Leaving Certificate, 1899
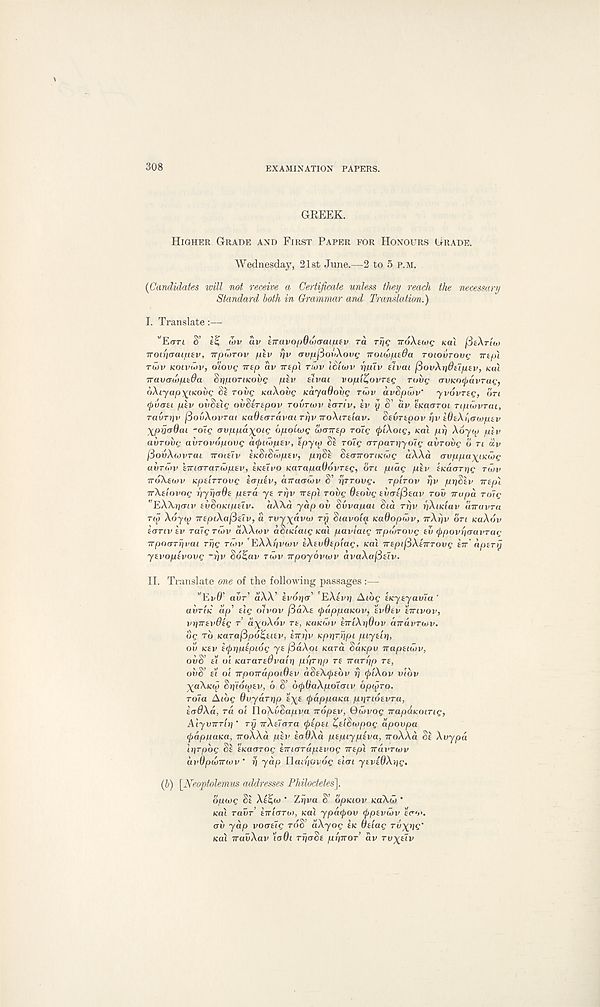
308
EXAMINATION PAPERS.
GREEK.
HIGHER GRADE AND FIRST PAPER FOR HONOURS GRADE.
Wednesday, 21st June.—2 to 5 P.M.
{Candidates will not receive a Certificate unless they reach the necessary
Standard both in Gramrmr and Translaiion.)
I. Translate:—
’'Errrt 8’ ti; wv av hravopQwaaiatv ra rf/c TroXeutg KUI
■Koihaaifitv, TTpiorov piv rjv avpfiov\ov(; iroLwpiOa rotourovc irtpi
ru)v KOIVMV, o'iovs ntp av Trepl TIOV ISiiov ppiv fivai (5ovXrt8tlptv, Kai
-rravcnaptOa SriporiKovQ plv uvai vopit^ovreg roiig avKoipavra^-,
6Xiyap\tKOv^ St rovg KaXove KayadoiiQ rwv avSpcuv'
yvovrte, on
(puaei plv ovStie ovStrtpov rovrwv iariv, tv y S’ av tKaoroi npwvrai,
ravrrjv {BovXuvrai naOecrravat rrjv iroXirtlav.
Sevrtpov yv WeXpawptv
Xprjadai -oig ffujujua^ote opoiwq loairtp rotg (friXoig, Kai pi) Xoyuj p\v
aiirovc; avrovopovg cKfnihptv, ipya) St roig arparpyoig avrovg o n dv
fiovXcovrat Troitiv ticStSwptv, ppSt StaTroTinwg iiXXa (TvppaxiKMg
uvrdiv tTTiaTarCoptv, hetivo KarapaOovrtg, on piag piv tKaarrie rutv
TToXtwv KptirrovQ tcrptv, anaaCov S' rjrrove.
rplrov rjv pr)Slv ntpl
irXtiovog pyriaOt ptra yt rrjv ntpl rove Otoiig tvatfitav rov rrvpa roig
"EAXrja-fv tvooKiptiv. aX\.a yap ov Svvapai Sia rriv riXadav uiruvra
no Xoyto TrtpiXafdtlv, a Tuyyavai ry Siavoiy. KaOopiov, TTA^V on KOXOV
tanv tv rale rwv aXXiov aSuclatg Kai pavlaig Trpwrovg tv (ppovriaavrag
Trpoarrivai Trig nov EAA^vwv tXtvOtplag, Kai TrtpifiXtTrrovg in' aptry
ytvoptvovg -rjv So^av nov irpoyovwv avaXafittv.
II. Translate one of the following passages :—
w Ei/0 ! avr’ aAA’ ivopar' 'EXivy Aibg tuytyavla '
avr'iK ap' tig olvov fioAt <pappaKOv, ivOtv tnivov,
vyrrtvdtg r ayoAdi* rt, KOKWV iniXyOov anavnov.
og To Karafipo^tuv, tTnjv Kpyrrjpi piytiy,
ov Ktv t<l>ripfpi6g yt fiaXot Kara SaKpv naptiiov,
ovS’ ti ol Kararttfvaiy pyryp re narrip rt,
ovS’ tl oi irpoirapoidtv aStArjrtbv rj (piXov vlbv
XaXKty Syiotytv, b S’ b^OaXpolcriv bpiyro.
roia Aibg dvyaryp ’i^t (pappaua pyrLotvra,
iaOXa, ra oi YloXvSapva iroptv, Qiovog napSKOing,
Alyvirny' ry irXtiara Qipti ^tiSwpog apovpa
tyappatta, noXXa piv iaOXa ptpiyptva, TroAAd St Xvypa
lyrpbg Si tKaarog iiri&raptvog irtpl navrwv
uvdptuTnov ‘ i) yap Ilaipovog tun ytvtOXyg.
(b) \Neoptolemus addresses Philodetes].
bpiog Si XtlZto ' Zrjva S’ bpKiov Ka\u> ’
Kai ravr’ irrlaro), Kai ypa(j>ov <pptv<bv e<r‘>>.
ov yap voatig rdS’ aXyog tK Odag ru^yQ’
Kai iravXav loOi ryaSt pyTror av ru^ttv